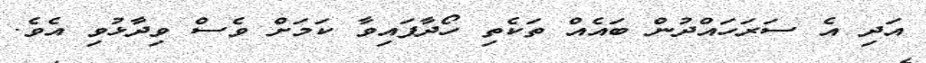
އަދި އެ ސަރަހައްދުން ބައެއް ތަކެތި ހޯދާފައިވާ ކަމަށް ވެސް ވިދާޅުވި އެވެ.